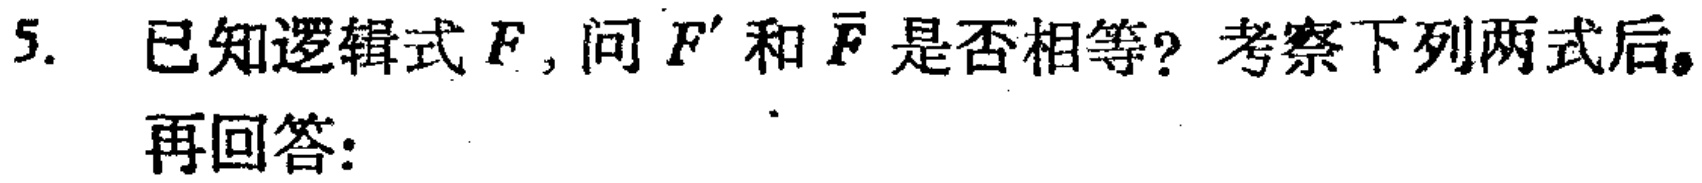
5. 已知逻辑式$F$，问$F'$和$\overline{F}$是否相等？考察下列两式后，再回答：